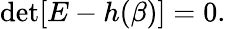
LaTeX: \begin{array}{r}{\operatorname*{det}[E-h(\beta)]=0.}\end{array}